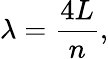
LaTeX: \lambda={\frac{4L}{n}},